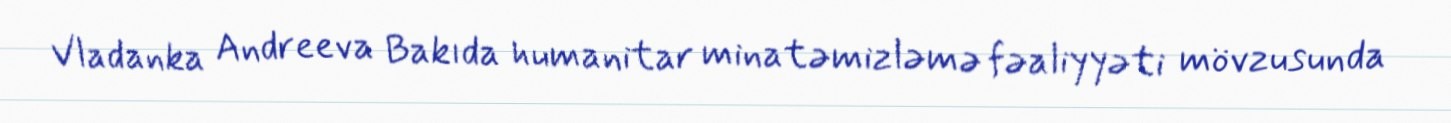
Vladanka Andreeva Bakıda humanitar minatəmizləmə fəaliyyəti mövzusunda